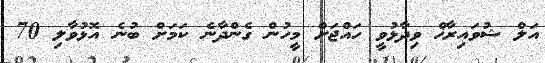
އަލް ޝުވައިރާޚް ވިދާޅުވީ ހައްޖަށް މީހުން ގެންދާނެ ކަމަށް ބުނެ އޮޅުވާލި 70